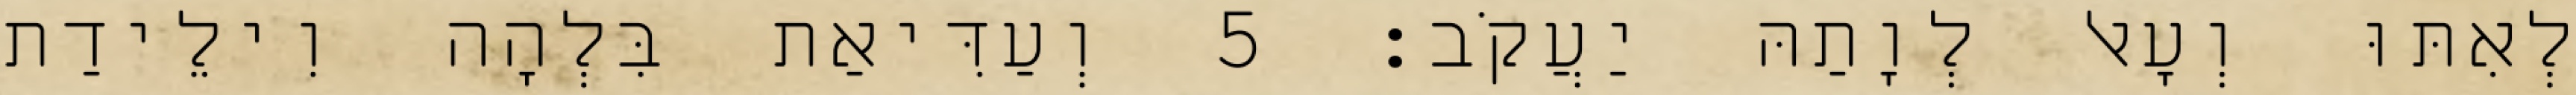
לְאִתּוּ וְעָאל לְוָתַהּ יַעֲקֹב׃ 5 וְעַדִּיאַת בִּלְהָה וִילֵידַת